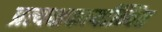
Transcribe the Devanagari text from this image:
प्रत्यक्षकार्यान्वित